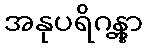
အနုပရိဂန္တွာ